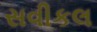
સવીકલ